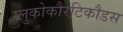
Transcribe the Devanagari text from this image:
ग्लुकोकौरटिकौडस